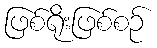
ဖြစ်ရိုးဖြစ်စဉ်